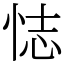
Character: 𢙺